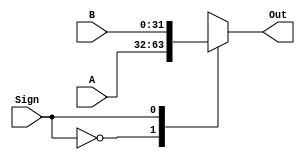
`timescale 1ns / 1ps
//////////////////////////////////////////////////////////////////////////////////
// Company: 
// Engineer: 
// 
// Design Name: 
// Module Name: selector_2to1
// Project Name: 
// Target Devices: 
// Tool Versions: 
// Description: 
// 
// Dependencies: 
// 
// Revision:
// Revision 0.01 - File Created
// Additional Comments:
// 
//////////////////////////////////////////////////////////////////////////////////


module selector_2to1(A, B, Sign, Out);
  input [31:0] A, B;
  input Sign;
  output reg [31:0] Out;
  always @(Sign or A or B) begin
    case (Sign)
      1'b0:  Out <= A;
      1'b1:  Out <= B;
      default:  Out <= 0;
    endcase
  end
endmodule